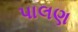
પાલણ